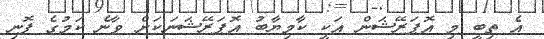
އެ ތިބީ މި އޮޕަރޭޝަން އަކީ ކާމިޔާބު އޮޕަރޭޝަނަކަށް ވާނެ ކަމުގެ ފޮނި